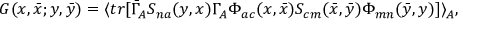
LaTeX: G ( x , \bar { x } ; y , \bar { y } ) = \langle t r [ \bar { \Gamma } _ { A } S _ { n a } ( y , x ) \Gamma _ { A } \Phi _ { a c } ( x , \bar { x } ) S _ { c m } ( \bar { x } , \bar { y } ) \Phi _ { m n } ( \bar { y } , y ) ] \rangle _ { A } ,